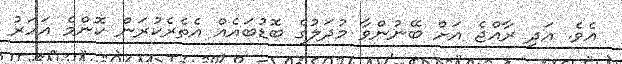
އެވެ. އަދި ރާއްޖެ އަށް ބޭނުންވާ މުދަލުގެ ބޮޑުބައެއް އެތެރެކުރަން ކޮންމެ އަހަރު